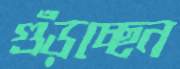
গুঁড়চ্ছেন